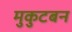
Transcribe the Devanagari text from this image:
मुकुटबन